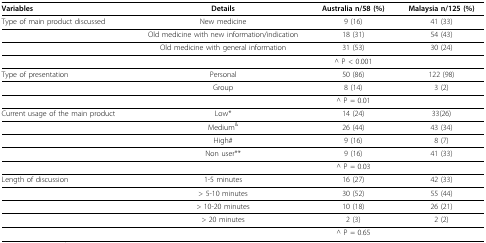
| Variables | Details | Australia n/58 (%) | Malaysia n/125 (%) |
 | --- | --- | --- | --- |
 | Type of main product discussed | New medicine | 9 (16) | 41 (33) |
 |  | Old medicine with new information/indication | 18 (31) | 54 (43) |
 |  | Old medicine with general information | 31 (53) | 30 (24) |
 |  |  | ^ P < 0.001 |  |
 | Type of presentation | Personal | 50 (86) | 122 (98) |
 |  | Group | 8 (14) | 3 (2) |
 |  |  | ^ P = 0.01 |  |
 | Current usage of the main product | Low* | 14 (24) | 33(26) |
 |  | Medium& | 26 (44) | 43 (34) |
 |  | High# | 9 (16) | 8 (7) |
 |  | Non user** | 9 (16) | 41 (33) |
 |  |  | ^ P = 0.03 |  |
 | Length of discussion | 1-5 minutes | 16 (27) | 42 (33) |
 |  | > 5-10 minutes | 30 (52) | 55 (44) |
 |  | > 10-20 minutes | 10 (18) | 26 (21) |
 |  | > 20 minutes | 2 (3) | 2 (2) |
 |  |  | ^ P = 0.65 |  |